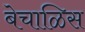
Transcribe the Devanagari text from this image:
बेचाळिस